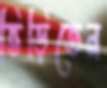
ভিড়িতেন